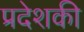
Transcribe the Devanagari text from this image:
प्रदेशकी